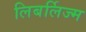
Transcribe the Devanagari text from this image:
लिबर्लिज्म